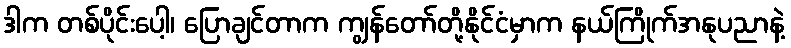
ဒါက တစ်ပိုင်းပေါ့၊ ပြောချင်တာက ကျွန်တော်တို့နိုင်ငံမှာက နယ်ကြိုက်အနုပညာနဲ့